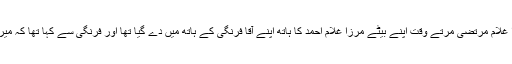
-06غدار کے بیٹے کی عزت: مرزا غلام مرتضیٰ مرتے وقت اپنے بیٹے مرزا غلام احمد کا ہاتھ اپنے آقا فرنگی کے ہاتھ میں دے گیا تھا اور فرنگی سے کہا تھا کہ میری اس سوغات کو سنبھال کر رکھنا۔